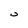
Character: 0